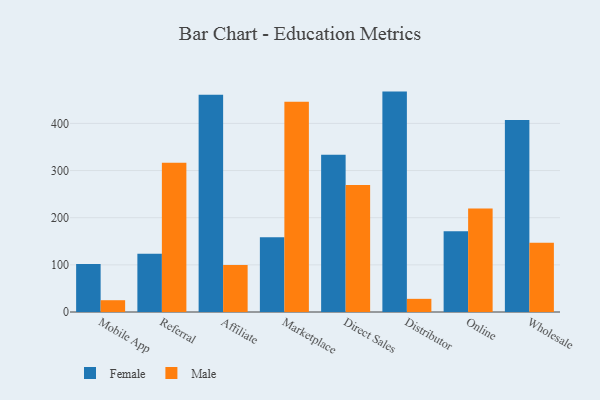
{"axis": {"x": "Channel", "y": "Humidity (%)"}, "legend": ["Female", "Male"], "data": [{"x": "Mobile App", "y": 102.0, "type": "Female"}, {"x": "Mobile App", "y": 25.0, "type": "Male"}, {"x": "Referral", "y": 123.4, "type": "Female"}, {"x": "Referral", "y": 316.4, "type": "Male"}, {"x": "Affiliate", "y": 460.6, "type": "Female"}, {"x": "Affiliate", "y": 99.6, "type": "Male"}, {"x": "Marketplace", "y": 158.5, "type": "Female"}, {"x": "Marketplace", "y": 446.0, "type": "Male"}, {"x": "Direct Sales", "y": 333.3, "type": "Female"}, {"x": "Direct Sales", "y": 269.5, "type": "Male"}, {"x": "Distributor", "y": 467.4, "type": "Female"}, {"x": "Distributor", "y": 27.9, "type": "Male"}, {"x": "Online", "y": 171.3, "type": "Female"}, {"x": "Online", "y": 219.4, "type": "Male"}, {"x": "Wholesale", "y": 407.0, "type": "Female"}, {"x": "Wholesale", "y": 146.8, "type": "Male"}]}